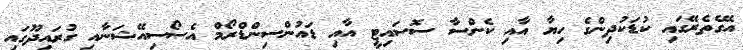
އޭގެތެރޭގައި ކުޑަކުދިންގެ ހިޔާ އާއި ކެންސާ ސޮސައިޓީ އާއި ޑައުންސިންޑްރޯމް އެސޯސިއޭޝަނާއި ގުރައިދޫގައި